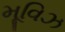
મૂવિઝ